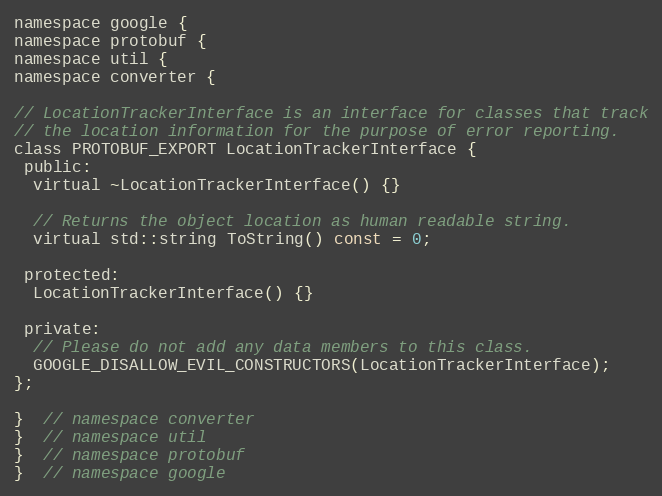
Language: C
namespace google {
namespace protobuf {
namespace util {
namespace converter {

// LocationTrackerInterface is an interface for classes that track
// the location information for the purpose of error reporting.
class PROTOBUF_EXPORT LocationTrackerInterface {
 public:
  virtual ~LocationTrackerInterface() {}

  // Returns the object location as human readable string.
  virtual std::string ToString() const = 0;

 protected:
  LocationTrackerInterface() {}

 private:
  // Please do not add any data members to this class.
  GOOGLE_DISALLOW_EVIL_CONSTRUCTORS(LocationTrackerInterface);
};

}  // namespace converter
}  // namespace util
}  // namespace protobuf
}  // namespace google